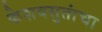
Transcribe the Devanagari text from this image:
केशवसुतांचा